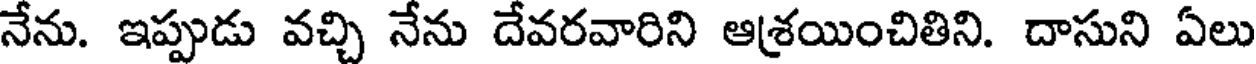
నేను. ఇప్పుడు వచ్చి నేను దేవరవారిని ఆశ్రయించితిని. దాసుని ఏలు